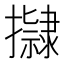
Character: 𭢿